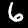
Label: 6